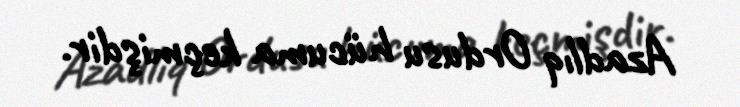
Azadlıq Ordusu hücuma keçmişdir.